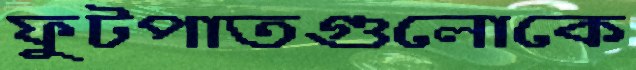
ফুটপাতগুলোকে